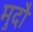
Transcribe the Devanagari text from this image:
मुदौं